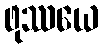
ဖုဿယေ